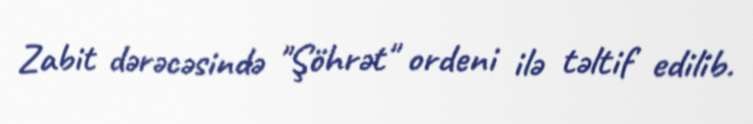
Zabit dərəcəsində "Şöhrət" ordeni ilə təltif edilib.